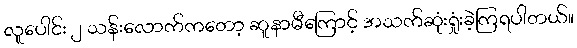
လူပေါင်း ၂ သန်းလောက်ကတော့ ဆူနာမီကြောင့် အသက်ဆုံးရှုံးခဲ့ကြရပါတယ်။